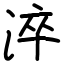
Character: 淬